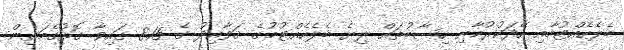
ބެލެހެއްޓުމާއި ހޭދަކުރުމާއި ހިސާބުތައް ލިޔެ ބެލެހެއްޓުމުގެ ޤަވާއިދު ގެ 8.15 ގައިވާ ގޮތުގެމަތިން